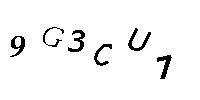
9G3CU7